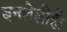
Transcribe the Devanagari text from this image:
बनलेलीही